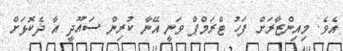
އެވެ. މިއިންޒާރަށް ފަހު ޓްރަމްޕް ވަނީ އޭނާ ކުރިން ސައޫދީ އާ ދެކޮޅަށް